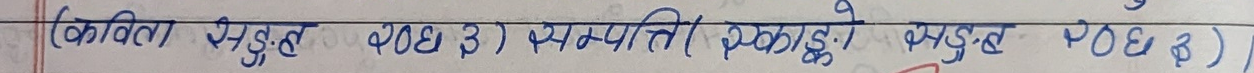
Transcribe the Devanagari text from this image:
( कविता प्रस्तुत बोझ ३) सम्पत्ति (एकठ्ठाए प्रस्तुत बोझ ३ )